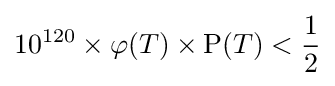
10^{120}\times \varphi (T)\times \operatorname {P} (T)<{\frac {1}{2}}